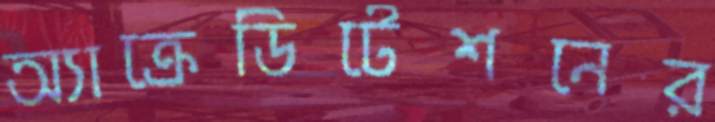
অ্যাক্রেডিটেশনের